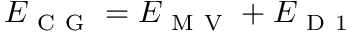
E _ { \mathrm { ~ C ~ G ~ } } = E _ { \mathrm { ~ M ~ V ~ } } + E _ { \mathrm { ~ D ~ 1 ~ } }